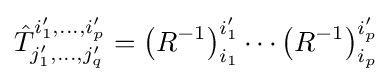
{\hat {T}}_{j'_{1},\ldots ,j'_{q}}^{i'_{1},\ldots ,i'_{p}}=\left(R^{-1}\right)_{i_{1}}^{i'_{1}}\cdots \left(R^{-1}\right)_{i_{p}}^{i'_{p}}